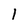
Character: 1